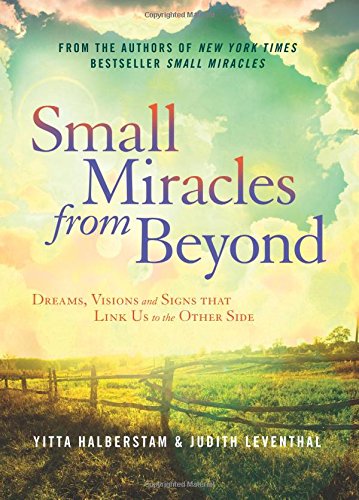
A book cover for Small Miracles from Beyond: Dreams, Visions and Signs that Link Us to the Other Side; Yitta Halberstam; Religion & Spirituality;